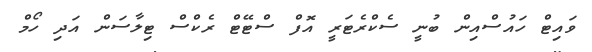
ވައިޓް ހައުސްއިން ބުނީ ސެކްރެޓަރީ އޮފް ސްޓޭޓް ރެކްސް ޓިލާސަން އަދި ހޯމް